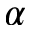
\alpha